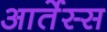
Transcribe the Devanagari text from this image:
आर्तेस्स